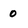
Character: 0